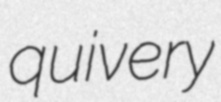
quivery